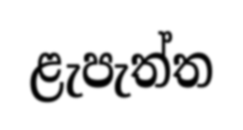
ළැපැත්ත